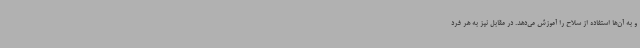
و به آن‌ها استفاده از سلاح را آموزش می‌دهد. در مقابل نیز به هر فرد